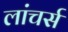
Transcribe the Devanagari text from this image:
लांचर्स